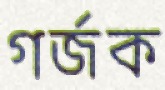
গর্জক